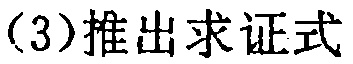
（3）推出求证式